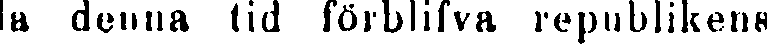
la denna tid förblifva republikens